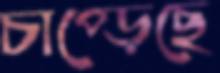
চাপ্‌ড়েছে